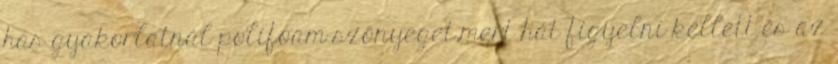
has gyakorlatnál polifoam szőnyeget,mert hát figyelni kellett és az